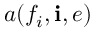
a ( f _ { i } , \mathbf { i } , e )